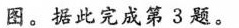
图。据此完成第3题。